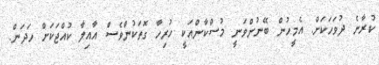
ކުރާނެ ދުވަހަކަށް. އެމީހުން ބޭނުންވަނީ މުސްކާންއަކީ ހުރިހާ ގޮތަކުންވެސް އާއިލާ ކުއްޖަކަށް ހަދަން.